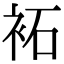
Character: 袥